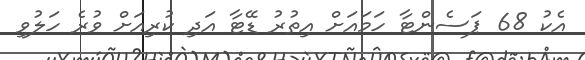
އެކު 68 ޕަސެންޓާ ހަމައަށް އިތުރު ޑޭޓާ އަދި ކުރިއަށް ވުރެ ހަލުވި